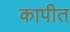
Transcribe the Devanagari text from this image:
कापीत